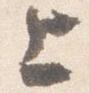
上